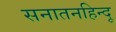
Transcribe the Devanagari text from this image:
सनातनहिन्दू